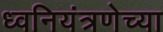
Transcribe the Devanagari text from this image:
ध्वनियंत्रणेच्या